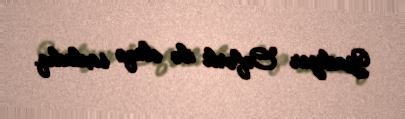
Yadigar Cəfərli ilə əlaqə saxladıq.